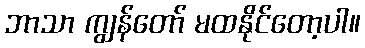
ဘာသာ ကျွန်တော် မထနိုင်တော့ပါ။